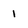
Character: l